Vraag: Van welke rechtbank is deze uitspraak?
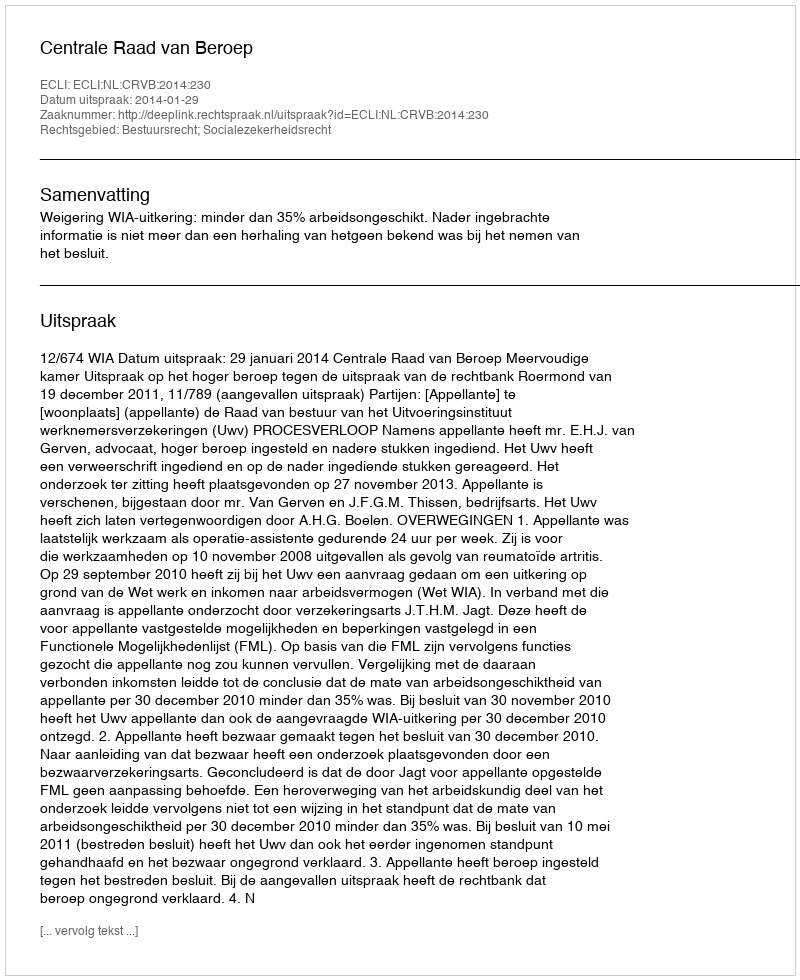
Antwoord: Centrale Raad van Beroep